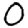
Digit: 0